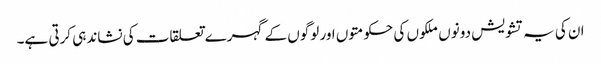
ان کی یہ تشویش دونوں ملکوں کی حکومتوں اور لوگوں کے گہرے تعلقات کی نشاندہی کرتی ہے۔